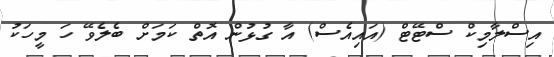
އިސްލާމިކް ސްޓޭޓް (އައިއެސް) އާ ގުޅުން އޮތް ކަމަށް ބެލެވޭ ހަ މީހަކު